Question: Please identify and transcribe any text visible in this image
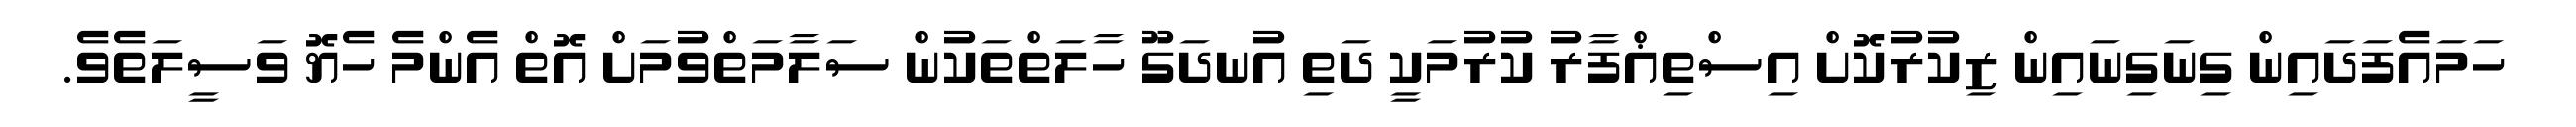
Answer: ހަމައެފަދައިން ގިނަގިނައިން ޒިކުރުކޮށް އިސްތިޣްފާރު ކުރުމަކީ ދަތި އުނދަގޫ ހާލަތްތަކުން ސަލާމަތްވުމަށް އޮތް އެންމެ ހެޔޮ ވަސީލަތެވެ.